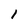
Character: l